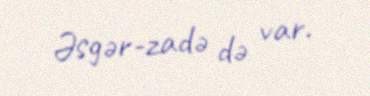
Əsgər-zadə də var.